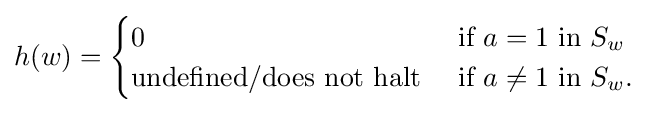
h(w)={\begin{cases}0&{\text{if}}\ a=1\ {\text{in}}\ S_{w}\\{\text{undefined/does not halt}}\ &{\text{if}}\ a\neq 1\ {\text{in}}\ S_{w}.\end{cases}}